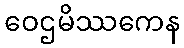
ဝေဌမိဿကေန